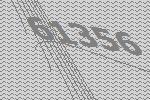
61356